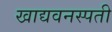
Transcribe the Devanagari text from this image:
खाद्यवनस्पती